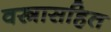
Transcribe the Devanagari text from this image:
वस्त्रासहित